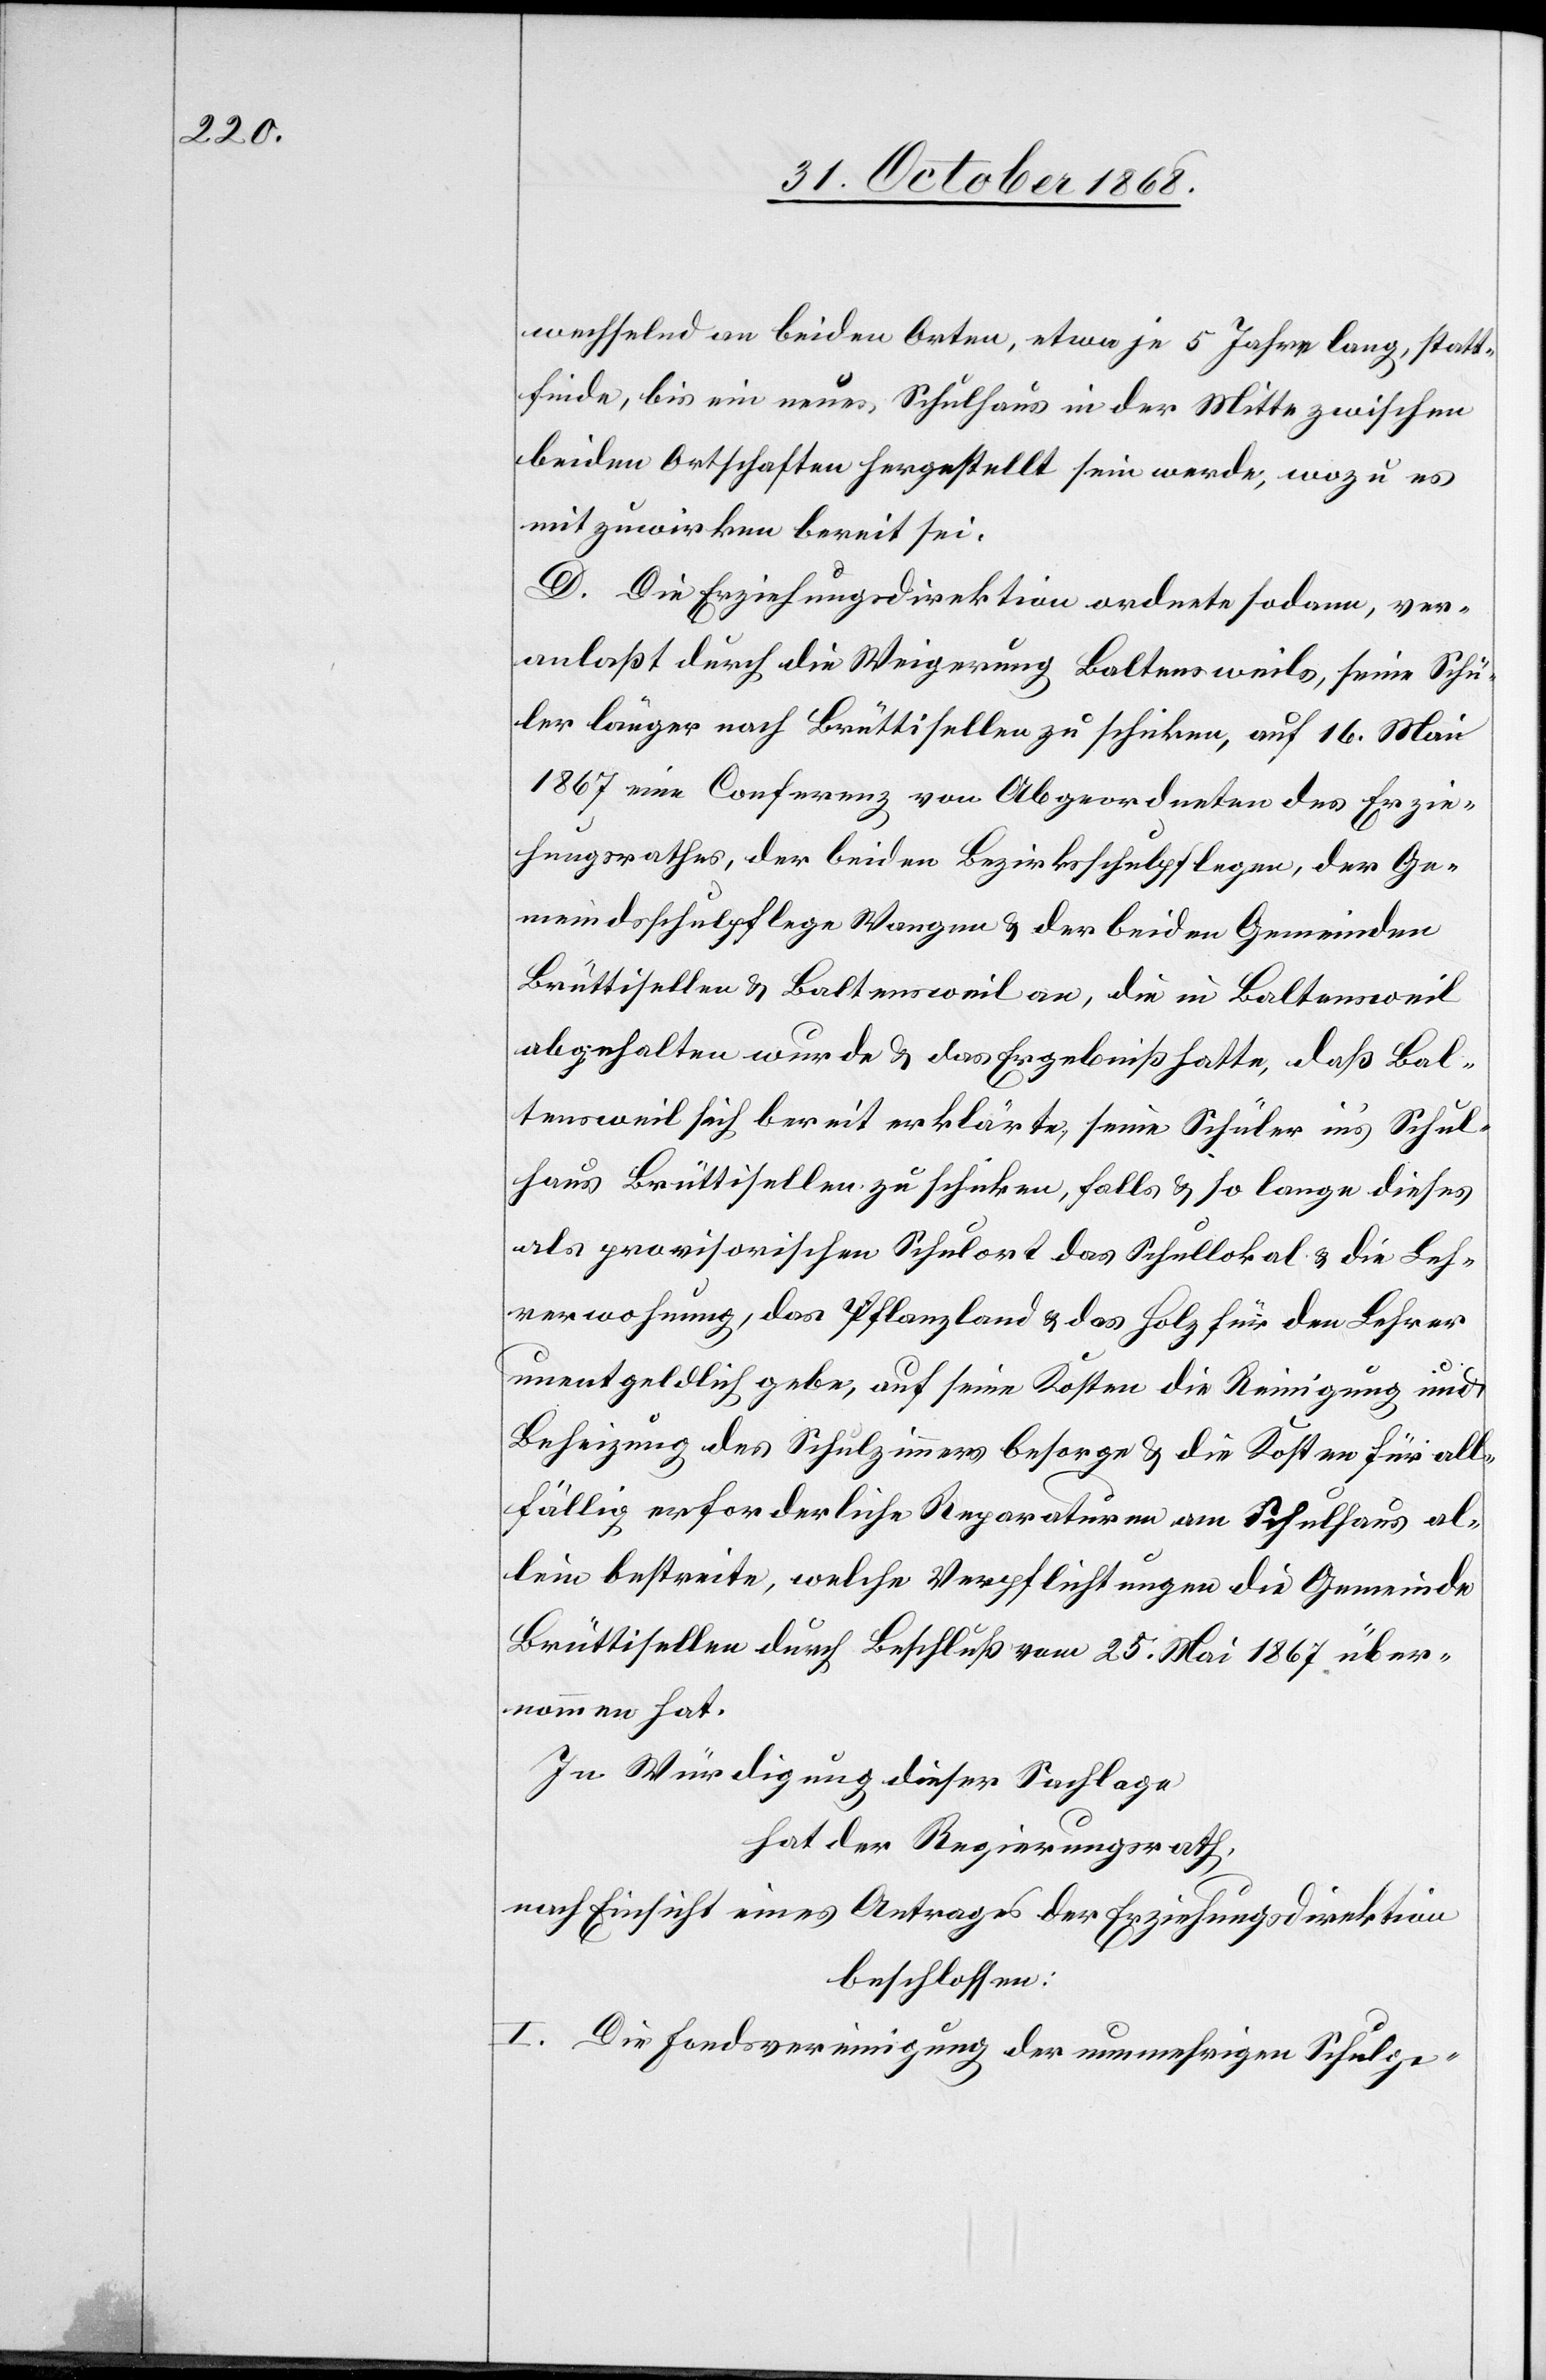
wechselnd an beiden Orten, etwa je 5 Jahre lang, statt¬
finde, bis ein neues Schulhaus in der Mitte zwischen
beiden Ortschaften hergestellt sein werde, wozu es
mitzuwirken bereit sei.
D. Die Erziehungsdirektion ordnete sodann, ver¬
anlaßt durch die Weigerung Baltensweils, seine Schü¬
ler länger nach Brüttisellen zu schicken, auf 16. Mai
1867 eine Conferenz von Abgeordneten des Erzie¬
hungsrathes, der beiden Bezirksschulpflegen, der Ge¬
meindsschulpflege Wangen & der beiden Gemeinden
Brüttisellen & Baltensweil an, die in Baltensweil
abgehalten wurde & das Ergebniß hatte, daß Bal¬
tensweil sich bereit erklärte, seine Schüler in’s Schul¬
haus Brüttisellen zu schicken, falls & so lange dieses
als provisorischen Schulort das Schullokal & die Leh¬
rerwohnung, das Pflanzland & das Holz für den Lehrer
unentgeldlich gebe, auf seine Kosten die Reinigung und
Beheizung des Schulzimmers besorge & die Kosten für all¬
fällig erforderliche Reparaturen am Schulhaus al¬
lein bestreite, welche Verpflichtungen die Gemeinde
Brüttisellen durch Beschluß vom 25. Mai 1867 über¬
nommen hat.
In Würdigung dieser Sachlage
hat der Regierungsrath,
nach Einsicht eines Antrages der Erziehungsdirektion
beschlossen:
I. Die Fondsvereinigung der nunmehrigen Schulge-